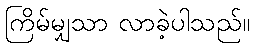
ကြိမ်မျှသာ လာခဲ့ပါသည်။